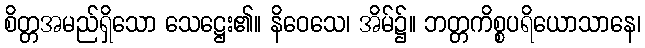
စိတ္တအမည်ရှိသော သေဋ္ဌေး၏။ နိဝေသေ၊ အိမ်၌။ ဘတ္တကိစ္စပရိယောသာနေ၊